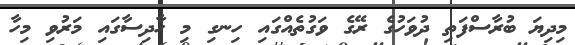
މިދިޔަ ބުރާސްފަތި ދުވަހުގެ ރޭގެ ވަގުތެއްގައި ހިނގި މި ހާދިސާގައި މަރުވި މިހާ